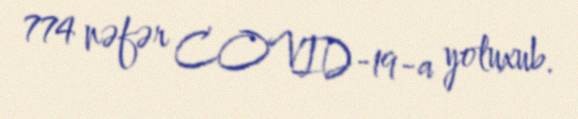
774 nəfər COVID-19-a yoluxub.